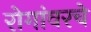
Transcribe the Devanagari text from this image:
रोगांवरचे